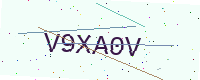
Text: V9XA0V